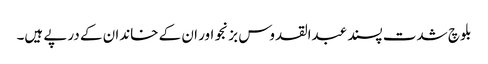
بلوچ شدت پسند عبدالقدوس بزنجو اور ان کے خاندان کے درپے ہیں۔